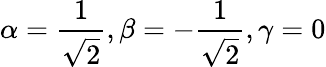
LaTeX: \alpha=\frac{1}{\sqrt{2}},\beta=-\frac{1}{\sqrt{2}},\gamma=0